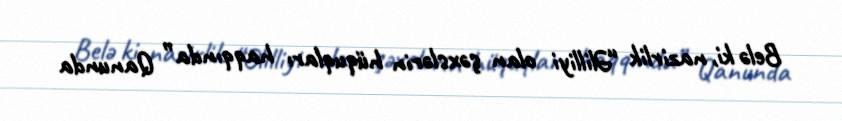
Belə ki, nazirlik “Əlilliyi olan şəxslərin hüquqları haqqında” Qanunda